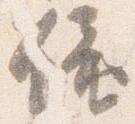
鐘